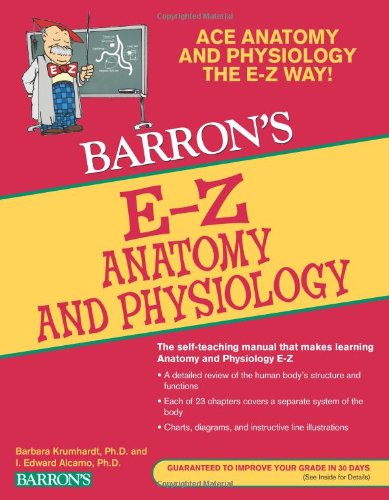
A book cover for E-Z Anatomy and Physiology (Barron's E-Z Series); I. Edward Alcamo Ph.D.; Science & Math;